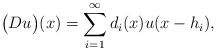
LaTeX: \begin{align*}\bigl(Du\bigr)(x)=\sum_{i=1}^\infty d_i(x)u(x-h_i),\end{align*}